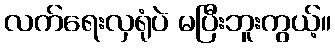
လက်ရေးလှရုံပဲ မပြီးဘူးကွယ့်။